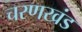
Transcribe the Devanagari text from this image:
चरणखंड